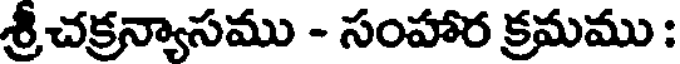
శ్రీచక్రన్యాసము - సంహార క్రమము :